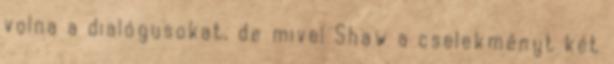
volna a dialógusokat, de mivel Shaw a cselekményt két